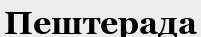
Пештерада